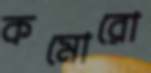
কমোরো